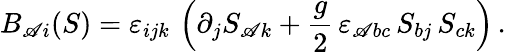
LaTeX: B_{\mathscr{A}i}(S)=\varepsilon_{ijk}\, \left(\partial_{j}S_{\mathscr{A}k}+\frac{{g}}{{2}}\, \varepsilon_{\mathscr{A}bc}\, S_{bj}\, S_{ck}\right)\, .